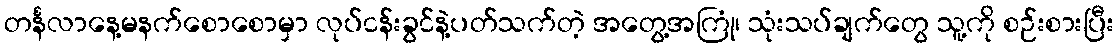
တင်္နလာနေ့မနက်စောစောမှာ လုပ်ငန်းခွင်နဲ့ပတ်သက်တဲ့ အတွေ့အကြုံ၊ သုံးသပ်ချက်တွေ သူ့ကို စဉ်းစားပြီး